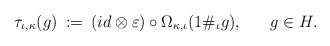
\begin{align*} \tau_{\iota, \kappa} (g) \: := \: (id \otimes \varepsilon ) \circ \Omega_{\kappa, \iota} (1 \#_{\iota} g), \hspace{0.7cm} g \in H .\end{align*}